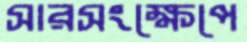
সারসংক্ষেপে